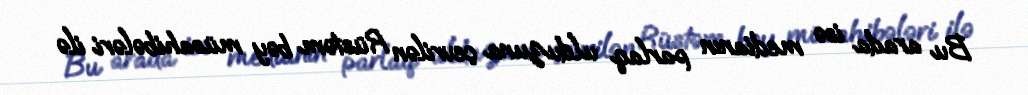
Bu arada isə medianın parlaq ulduzuna çevrilən Rüstəm bəy müsahibələri ilə